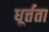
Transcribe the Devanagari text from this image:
धूर्त्तता